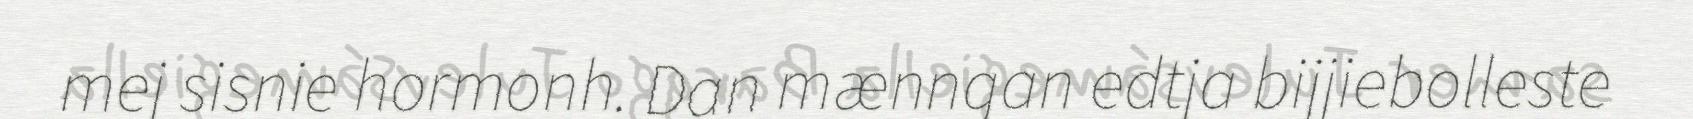
mej sisnie hormonh. Dan mænngan edtja bijjiebolleste